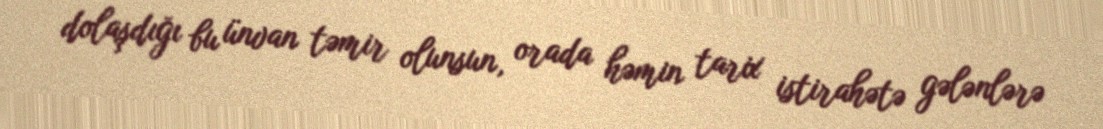
dolaşdığı bu ünvan təmir olunsun, orada həmin tarix istirahətə gələnlərə